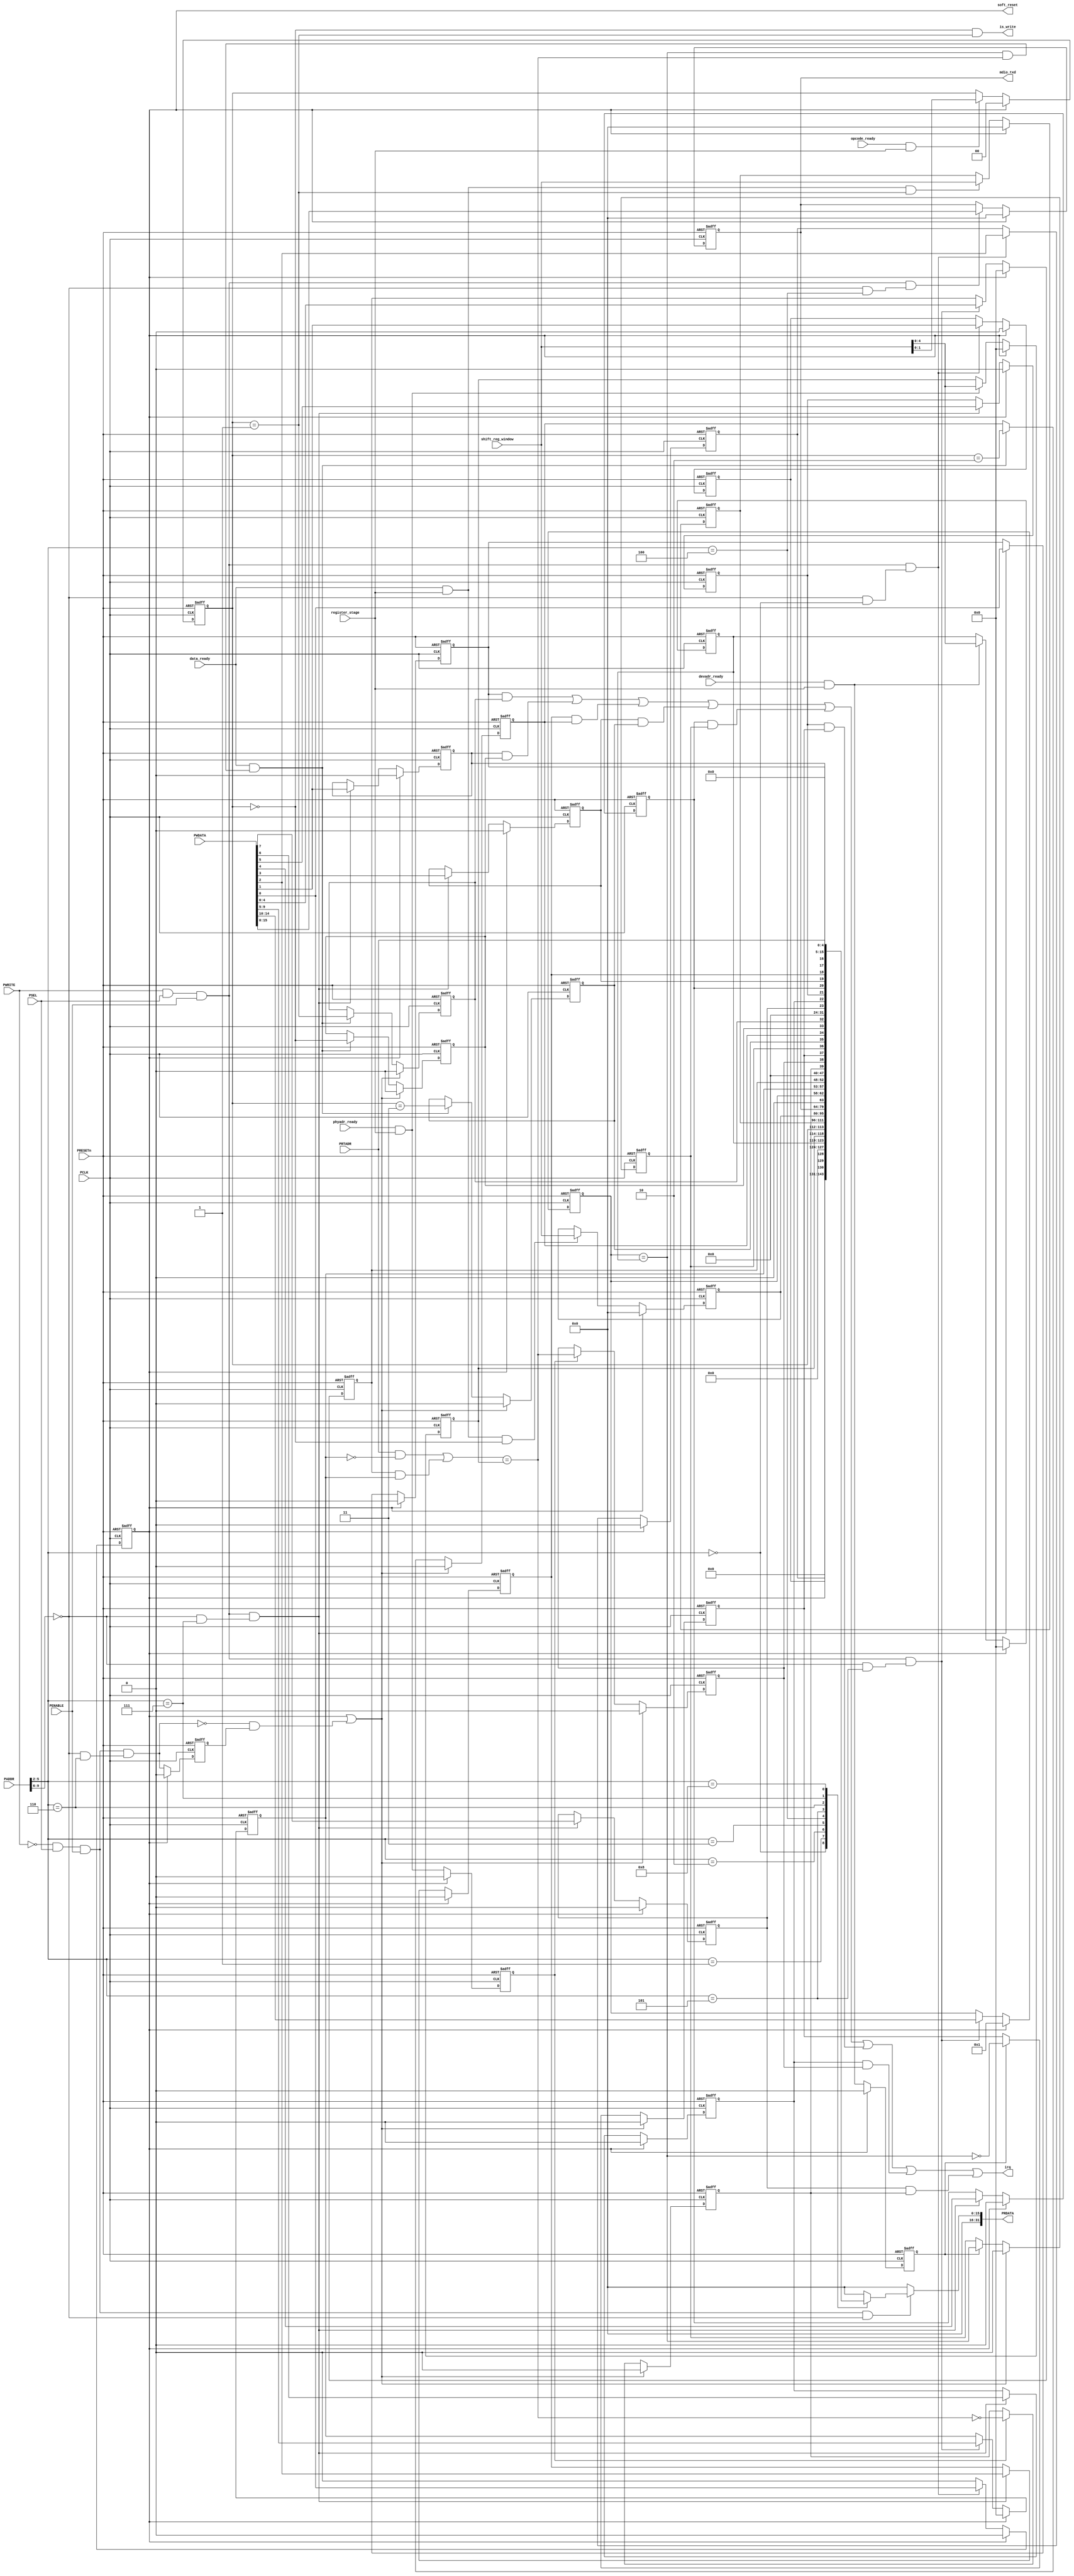
// ==================================================================
//                (C) COPYRIGHT Belling Co., Lmt.
//                      ALL RIGHTS RESERVED
// ==================================================================
//  File Initiation   :  2020-2-25
// ==================================================================


module MDIO_reg (
    // APB interface 
    input   wire            PCLK,
    //input   wire            PCLKG,
    input   wire            PRESETn,
    input   wire            PSEL,
    input   wire            PENABLE,
    input   wire            PWRITE,
    input   wire    [9:0]   PADDR,
    input   wire    [31:0]  PWDATA,
    output  reg     [31:0]  PRDATA,
    // register window
    input   wire    [15:0]  shift_reg_window,
    // MDIO TXD
    output  wire    [15:0]  mdio_txd,
    // control signals
    input   wire            register_stage,
    input   wire            opcode_ready,
    input   wire            phyadr_ready,
    input   wire            devadr_ready,
    input   wire            data_ready,
    output  wire            is_write,
    // PHYADR from port
    input   wire    [4:0]   PRTADR,
    // irq
    output  wire            irq,
    // soft reset (out)
    output  reg             soft_reset

);

wire            w_en;
wire            r_en;
wire            higher_addr_match;
wire            MDCON_addr_match;
//wire            MDFRM_addr_match;
//wire            MDRXD_addr_match;
//wire            MDADR_addr_match;
wire            MDTXD_addr_match;
wire            MDPHY_addr_match;
wire            MDSTA_addr_match;
wire            MDIEN_addr_match;
//wire            MDPIN_addr_match;

reg             MD_DRV;
reg             MD_PHY_WIDTH;
reg     [1:0]   MD_OP;
wire            op_is_addr;
wire            op_is_write;
wire            op_is_read;
wire            op_is_incr;
reg     [4:0]   MD_PHY;
reg     [4:0]   MD_DEV;
reg     [15:0]  MD_RXD;
reg     [15:0]  MD_ADR;
reg     [15:0]  MD_TXD;
reg     [4:0]   MD_DEVADD;
reg     [4:0]   MD_PHYSEL;
reg     [4:0]   MD_PHYSW;
reg             MD_WRF;
reg             MD_ADRF;
reg             MD_INCF;
reg             MD_RDF;
reg             MD_DEVM;
reg             MD_DEVN;
reg             MD_PHYM;
reg             MD_PHYN;
wire            sta_rd_clr;
reg             sta_rd;
wire    [4:0]   MD_PHYADD;
reg             phyadr_compare_stage;
reg             devadr_compare_stage;
wire            phyadr_match;
wire            devadr_match;
wire            bothadr_match;
reg             MD_WRFI;
reg             MD_ADRI;
reg             MD_INCFI;
reg             MD_RDFI;
reg             MD_DEVMI;
reg             MD_DEVNI;
reg             MD_PHYMI;
reg             MD_PHYNI;

assign w_en = PWRITE & PSEL & PENABLE;
assign r_en = (~PWRITE) & PSEL & PENABLE;
assign higher_addr_match = (PADDR[9:6]==4'h0);
assign MDCON_addr_match = higher_addr_match & (PADDR[5:2]==4'h0);
//assign MDFRM_addr_match = higher_addr_match & (PADDR[5:2]==4'h1);
//assign MDRXD_addr_match = higher_addr_match & (PADDR[5:2]==4'h2);
//assign MDADR_addr_match = higher_addr_match & (PADDR[5:2]==4'h3);
assign MDTXD_addr_match = higher_addr_match & (PADDR[5:2]==4'h4);
assign MDPHY_addr_match = higher_addr_match & (PADDR[5:2]==4'h5);
assign MDSTA_addr_match = higher_addr_match & (PADDR[5:2]==4'h6);
assign MDIEN_addr_match = higher_addr_match & (PADDR[5:2]==4'h7);
//assign MDPIN_addr_match = higher_addr_match & (PADDR[5:2]==4'h8);

// PRDATA
always @(*) begin
    PRDATA=32'h0;
    if (r_en & higher_addr_match) begin
        case(PADDR[5:2])
            4'h0: begin
                PRDATA = {29'h0, MD_DRV, MD_PHY_WIDTH, soft_reset};
            end
            4'h1: begin
                PRDATA = {20'h0, MD_DEV, MD_PHY, MD_OP};
            end
            4'h2: begin
                PRDATA = {16'h0, MD_RXD};
            end
            4'h3: begin
                PRDATA = {16'h0, MD_ADR};
            end
            4'h4: begin
                PRDATA = {16'h0, MD_TXD};
            end
            4'h5: begin
                PRDATA = {17'h0, MD_DEVADD, MD_PHYSEL, MD_PHYSW};
            end
            4'h6: begin
                PRDATA = {24'h0, MD_PHYN, MD_PHYM, MD_DEVN, MD_DEVM, MD_RDF, MD_INCF, MD_ADRF, MD_WRF};
            end
            4'h7: begin
                PRDATA = {24'h0, MD_PHYNI, MD_PHYMI, MD_DEVNI, MD_DEVMI, MD_RDFI, MD_INCFI, MD_ADRI, MD_WRFI};
            end
            4'h8: begin
                PRDATA = {27'h0, PRTADR};
            end
        endcase
    end
    else begin
        PRDATA = 32'h0;
    end
end

// MDCON
always @(posedge PCLK or negedge PRESETn) begin
    if (~PRESETn) begin
        MD_DRV <= 1'b0;
        MD_PHY_WIDTH <= 1'b0;
    end
    else if (soft_reset) begin
        MD_DRV <= 1'b0;
        MD_PHY_WIDTH <= 1'b0;
    end
    else if (w_en & MDCON_addr_match) begin
        MD_DRV <= PWDATA[2];
        MD_PHY_WIDTH <= PWDATA[1];
    end
end

always @(posedge PCLK or negedge PRESETn) begin
    if (~PRESETn) begin
        soft_reset <= 1'b0;
    end
    else if (soft_reset) begin
        soft_reset <= 1'b0;
    end
    else if (w_en & MDCON_addr_match) begin
        soft_reset <= PWDATA[0];
    end
end

// MDFRM
always @(posedge PCLK or negedge PRESETn) begin
    if (~PRESETn) begin
        MD_OP <= 2'h0;;
    end
    else if (soft_reset) begin
        MD_OP <= 2'h0;
    end
    else if (opcode_ready & register_stage) begin
        MD_OP <= shift_reg_window[1:0];
    end
end

assign op_is_addr = (MD_OP==2'b00);
assign op_is_write = (MD_OP==2'b01);
assign op_is_read = (MD_OP==2'b11);
assign op_is_incr = (MD_OP==2'b10);
assign is_write = op_is_addr & op_is_write;

always @(posedge PCLK or negedge PRESETn) begin
    if (~PRESETn) begin
        MD_PHY <= 5'h0;
    end
    else if (soft_reset) begin
        MD_PHY <= 5'h0;
    end
    else if (phyadr_ready & register_stage) begin
        MD_PHY <= shift_reg_window[4:0];
    end
end

always @(posedge PCLK or negedge PRESETn) begin
    if (~PRESETn) begin
        MD_DEV <= 5'h0;
    end
    else if (soft_reset) begin
        MD_DEV <= 5'h0;
    end
    else if (devadr_ready & register_stage) begin
        MD_DEV <= shift_reg_window[4:0];
    end
end

// MDRXD
always @(posedge PCLK or negedge PRESETn) begin
    if (~PRESETn) begin
        MD_RXD <= 16'h0;
    end
    else if (soft_reset) begin
        MD_RXD <= 16'h0;
    end
    else if (data_ready & register_stage & op_is_write) begin
        MD_RXD <= shift_reg_window[15:0];
    end
end

// MDADR
always @(posedge PCLK or negedge PRESETn) begin
    if (~PRESETn) begin
        MD_ADR <= 16'h0;
    end
    else if (soft_reset) begin
        MD_ADR <= 16'h0;
    end
    else if (data_ready & register_stage & op_is_addr) begin
        MD_ADR <= shift_reg_window[15:0];
    end
end

// MDTXD
always @(posedge PCLK or negedge PRESETn) begin
    if (~PRESETn) begin
        MD_TXD <= 16'h0;
    end
    else if (soft_reset) begin
        MD_TXD <= 16'h0;
    end
    else if (w_en & MDTXD_addr_match) begin
        MD_TXD <= PWDATA[15:0];
    end
end
assign mdio_txd[15:0] = MD_TXD[15:0];

// MDPHY
always @(posedge PCLK or negedge PRESETn) begin
    if (~PRESETn) begin
        MD_DEVADD <= 5'h1;
        MD_PHYSEL <= 5'h0;
        MD_PHYSW <= 5'h0;
    end
    else if (soft_reset) begin
        MD_DEVADD <= 5'h1;
        MD_PHYSEL <= 5'h0;
        MD_PHYSW <= 5'h0;
    end
    else if (w_en & MDPHY_addr_match) begin
        MD_DEVADD <= PWDATA[14:10];
        MD_PHYSEL <= PWDATA[9:5];
        MD_PHYSW <= PWDATA[4:0];
    end
end

assign MD_PHYADD = (PRTADR & ~MD_PHYSEL) | (MD_PHYSW & MD_PHYSEL);

// MDSTA
always @(posedge PCLK or negedge PRESETn) begin
    if (~PRESETn) begin
        sta_rd <= 1'b0;
    end
    else if (soft_reset) begin
        sta_rd <= 1'b0;
    end
    else begin
        sta_rd <= r_en & MDSTA_addr_match;
    end
end

assign sta_rd_clr = ~(r_en & MDSTA_addr_match) & sta_rd;
assign devadr_match = (MD_DEVADD == MD_DEV);
assign phyadr_match = (MD_PHYADD == MD_PHY);
assign bothadr_match = devadr_match & phyadr_match;

always @(posedge PCLK or negedge PRESETn) begin
    if (~PRESETn) begin
        devadr_compare_stage <= 1'b0;
    end
    else if (soft_reset) begin
        devadr_compare_stage <= 1'b0;
    end
    else begin
        devadr_compare_stage <= devadr_ready & register_stage;
    end
end

always @(posedge PCLK or negedge PRESETn) begin
    if (~PRESETn) begin
        MD_DEVM <= 1'b0;
        MD_DEVN <= 1'b0;
    end
    else if (soft_reset | sta_rd_clr) begin
        MD_DEVM <= 1'b0;
        MD_DEVN <= 1'b0;
    end
    else if (devadr_compare_stage) begin
        MD_DEVM <= devadr_match;
        MD_DEVN <= ~devadr_match;
    end
end

always @(posedge PCLK or negedge PRESETn) begin
    if (~PRESETn) begin
        phyadr_compare_stage <= 1'b0;
    end
    else if (soft_reset) begin
        phyadr_compare_stage <= 1'b0;
    end
    else begin
        phyadr_compare_stage <= phyadr_ready & register_stage;
    end
end

always @(posedge PCLK or negedge PRESETn) begin
    if (~PRESETn) begin
        MD_PHYM <= 1'b0;
        MD_PHYN <= 1'b0;
    end
    else if (soft_reset | sta_rd_clr) begin
        MD_PHYM <= 1'b0;
        MD_PHYN <= 1'b0;
    end
    else if (phyadr_compare_stage) begin
        MD_PHYM <= phyadr_match;
        MD_PHYN <= ~phyadr_match;
    end
end

always @(posedge PCLK or negedge PRESETn) begin
    if (~PRESETn) begin
        MD_WRF <= 1'b0;
        MD_ADRF <= 1'b0;
        MD_INCF <= 1'b0;
        MD_RDF <= 1'b0;
    end
    else if (soft_reset | sta_rd_clr) begin
        MD_WRF <= 1'b0;
        MD_ADRF <= 1'b0;
        MD_INCF <= 1'b0;
        MD_RDF <= 1'b0;
    end
    else if (data_ready & bothadr_match) begin
        MD_WRF <= op_is_write;
        MD_ADRF <= op_is_addr;
        MD_INCF <= op_is_incr;
        MD_RDF <= op_is_read;
    end
end

//MDIEN
always @(posedge PCLK or negedge PRESETn) begin
    if (~PRESETn) begin
        MD_WRFI <= 1'b0;
        MD_ADRI <= 1'b0;
        MD_INCFI <= 1'b0;
        MD_RDFI <= 1'b0;
        MD_DEVMI <= 1'b0;
        MD_DEVNI <= 1'b0;
        MD_PHYMI <= 1'b0;
        MD_PHYNI <= 1'b0;
    end
    else if (soft_reset) begin
        MD_WRFI <= 1'b0;
        MD_ADRI <= 1'b0;
        MD_INCFI <= 1'b0;
        MD_RDFI <= 1'b0;
        MD_DEVMI <= 1'b0;
        MD_DEVNI <= 1'b0;
        MD_PHYMI <= 1'b0;
        MD_PHYNI <= 1'b0;
    end
    else if (w_en & MDIEN_addr_match) begin
        MD_WRFI <= PWDATA[0];
        MD_ADRI <= PWDATA[1];
        MD_INCFI <= PWDATA[2];
        MD_RDFI <= PWDATA[3];
        MD_DEVMI <= PWDATA[4];
        MD_DEVNI <= PWDATA[5];
        MD_PHYMI <= PWDATA[6];
        MD_PHYNI <= PWDATA[7];
    end
end

//irq
assign irq = (MD_WRFI & MD_WRF) | (MD_ADRI & MD_ADRF) |
             (MD_INCFI & MD_INCF) | (MD_RDFI & MD_RDF) |
             (MD_DEVMI & MD_DEVM) | (MD_DEVNI & MD_DEVN) |
             (MD_PHYMI & MD_PHYM) | (MD_PHYNI & MD_PHYN);

endmodule